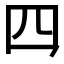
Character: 𪛘